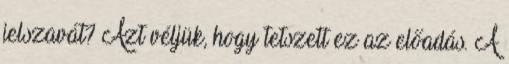
jelszavát? Azt véljük, hogy tetszett ez az előadás. A